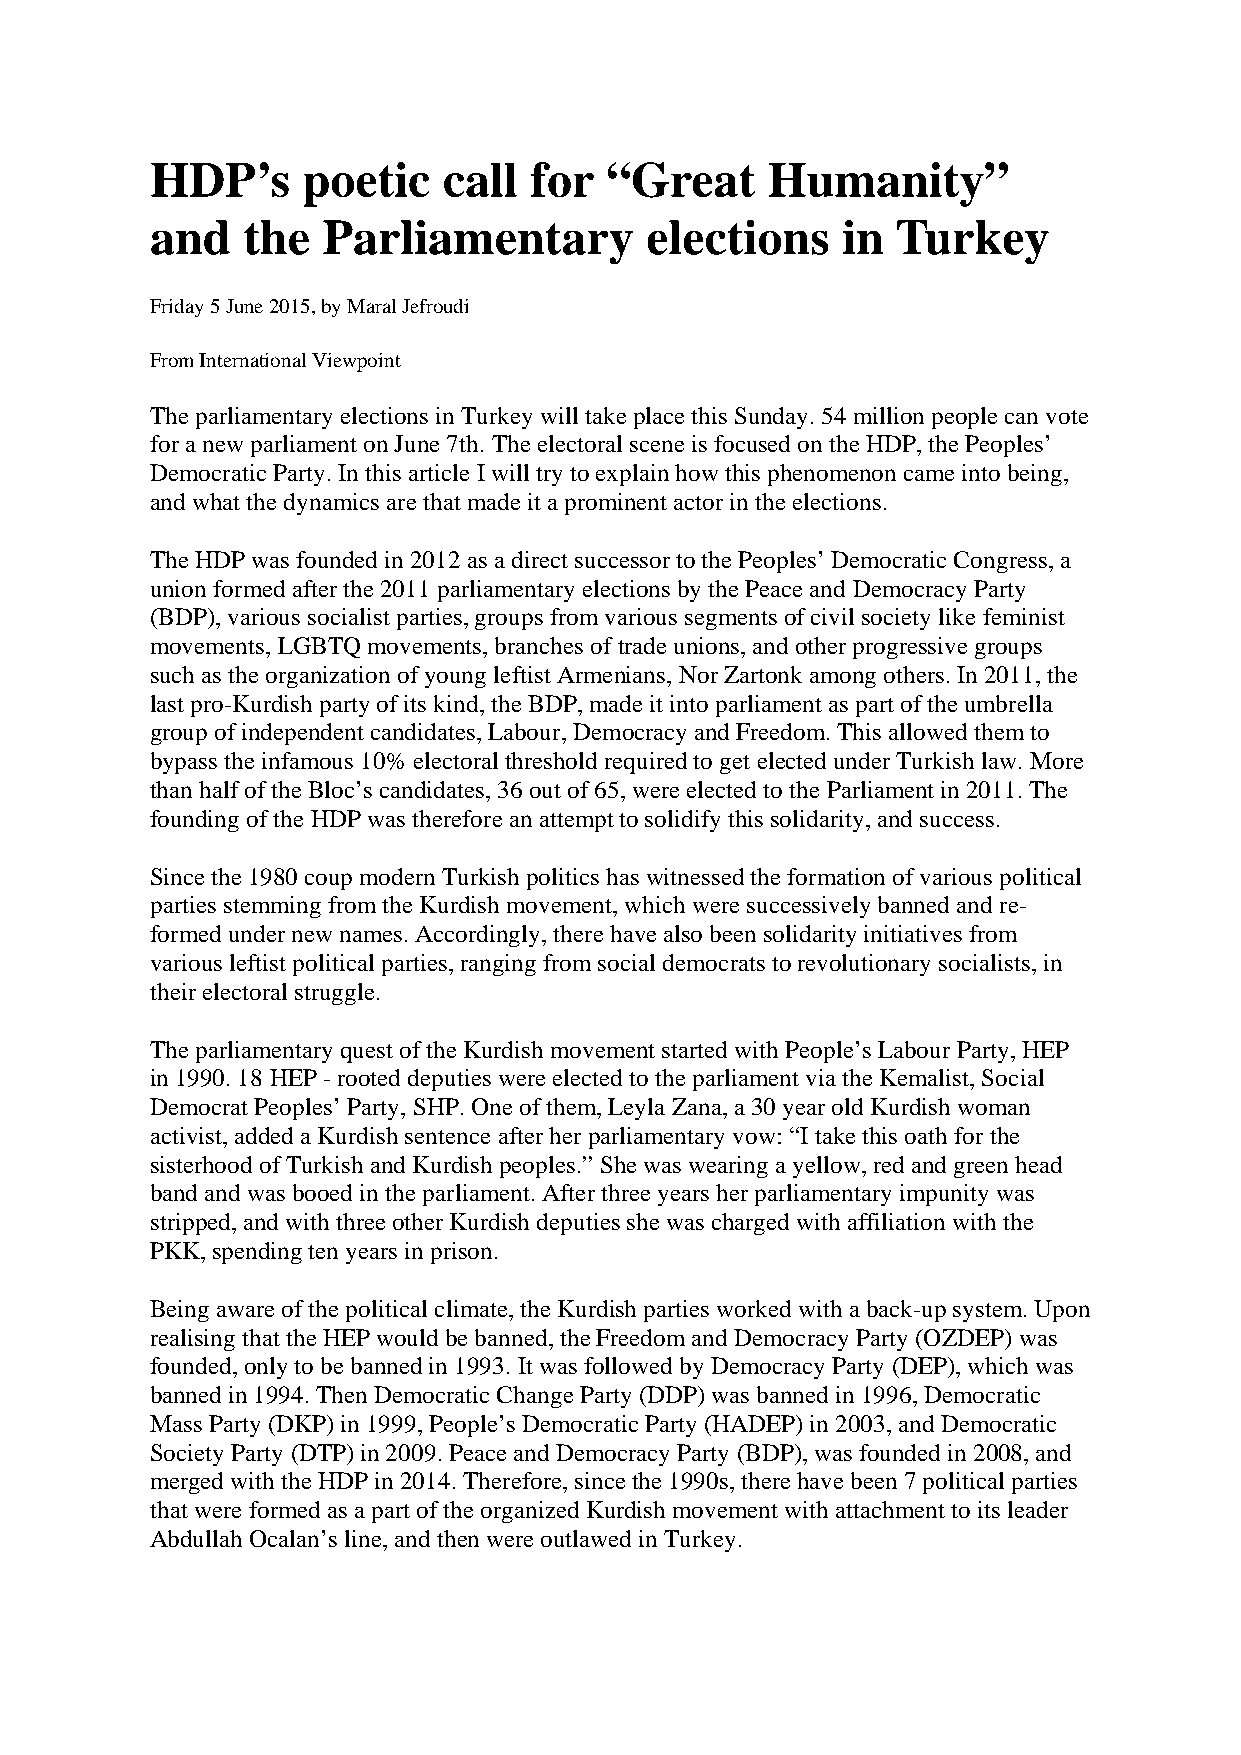
HDP’s     poetic   call  for  “Great     Humanity”
 and   the  Parliamentary         elections    in Turkey
 Friday 5 June 2015, by Maral Jefroudi
 From International Viewpoint
 The parliamentary elections in Turkey will take place this Sunday. 54 million people can vote
 for a new parliament on June 7th. The electoral scene is focused on the HDP, the Peoples’
 Democratic Party. In this article I will try to explain how this phenomenon came into being,
 and what the dynamics are that made it a prominent actor in the elections.
 The HDP was founded in 2012 as a direct successor to the Peoples’ Democratic Congress, a
 union formed after the 2011 parliamentary elections by the Peace and Democracy Party
 (BDP), various socialist parties, groups from various segments of civil society like feminist
 movements, LGBTQ movements, branches of trade unions, and other progressive groups
 such as the organization of young leftist Armenians, Nor Zartonk among others. In 2011, the
 last pro-Kurdish party of its kind, the BDP, made it into parliament as part of the umbrella
 group of independent candidates, Labour, Democracy and Freedom. This allowed them to
 bypass the infamous 10% electoral threshold required to get elected under Turkish law. More
 than half of the Bloc’s candidates, 36 out of 65, were elected to the Parliament in 2011. The
 founding of the HDP was therefore an attempt to solidify this solidarity, and success.
 Since the 1980 coup modern Turkish politics has witnessed the formation of various political
 parties stemming from the Kurdish movement, which were successively banned and re-
 formed under new names. Accordingly, there have also been solidarity initiatives from
 various leftist political parties, ranging from social democrats to revolutionary socialists, in
 their electoral struggle.
 The parliamentary quest of the Kurdish movement started with People’s Labour Party, HEP
 in 1990. 18 HEP - rooted deputies were elected to the parliament via the Kemalist, Social
 Democrat Peoples’ Party, SHP. One of them, Leyla Zana, a 30 year old Kurdish woman
 activist, added a Kurdish sentence after her parliamentary vow: “I take this oath for the
 sisterhood of Turkish and Kurdish peoples.” She was wearing a yellow, red and green head
 band and was booed in the parliament. After three years her parliamentary impunity was
 stripped, and with three other Kurdish deputies she was charged with affiliation with the
 PKK, spending ten years in prison.
 Being aware of the political climate, the Kurdish parties worked with a back-up system. Upon
 realising that the HEP would be banned, the Freedom and Democracy Party (OZDEP) was
 founded, only to be banned in 1993. It was followed by Democracy Party (DEP), which was
 banned in 1994. Then Democratic Change Party (DDP) was banned in 1996, Democratic
 Mass Party (DKP) in 1999, People’s Democratic Party (HADEP) in 2003, and Democratic
 Society Party (DTP) in 2009. Peace and Democracy Party (BDP), was founded in 2008, and
 merged with the HDP in 2014. Therefore, since the 1990s, there have been 7 political parties
 that were formed as a part of the organized Kurdish movement with attachment to its leader
 Abdullah Ocalan’s line, and then were outlawed in Turkey.